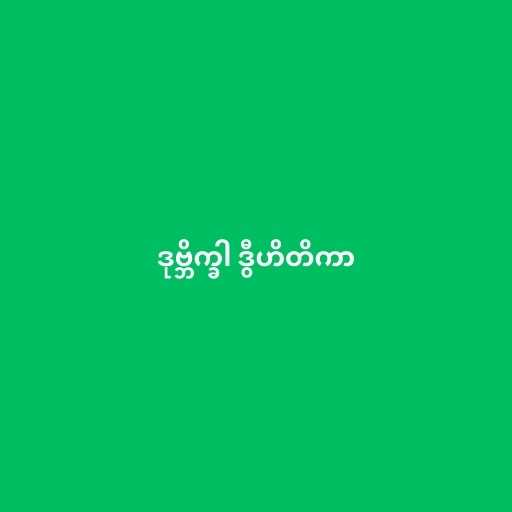
ဒုဗ္ဘိက္ခါ ဒွီဟိတိကာ